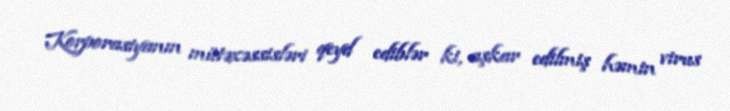
Korporasiyanın mütəxəssisləri qeyd ediblər ki, aşkar edilmiş həmin virus